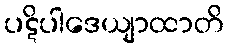
ပဋိပါဒေယျာထာတိ